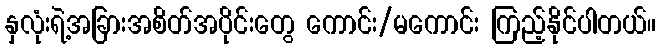
နှလုံးရဲ့အခြားအစိတ်အပိုင်းတွေ ကောင်း/မကောင်း ကြည့်နိုင်ပါတယ်။